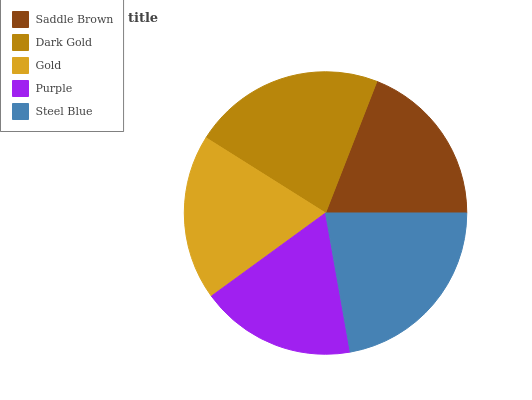
| Saddle Brown | Dark Gold | Gold | Purple | Steel Blue |
 | --- | --- | --- | --- | --- |
 | 19.1% | 21.9% | 18.9% | 17.8% | 22.3% |